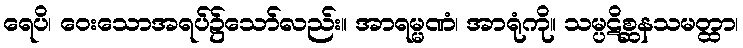
ရေပိ၊ ဝေးသောအရပ်၌သော်လည်း။ အာရမ္မဏံ၊ အာရုံကို။ သမ္ပဋိစ္ဆနသမတ္ထာ၊